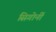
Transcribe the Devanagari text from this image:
सिगोर्नी